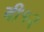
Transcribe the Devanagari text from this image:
बी१२